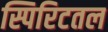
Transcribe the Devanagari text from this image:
स्पिरिटतल